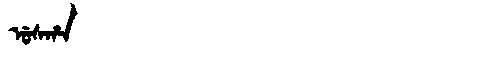
Manchu: ᡠᠰᡥᠠ
Romanization: USHA